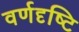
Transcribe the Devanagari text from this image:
वर्णदृष्टि